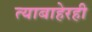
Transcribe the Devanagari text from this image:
त्याबाहेरही